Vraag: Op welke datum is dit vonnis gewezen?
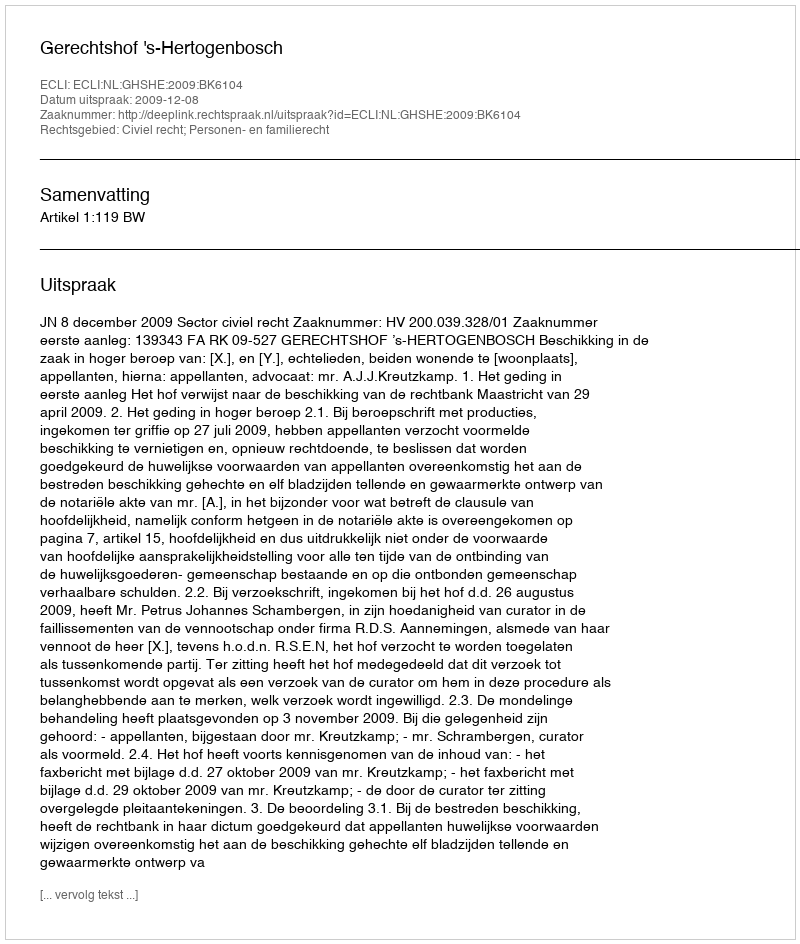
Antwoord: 2009-12-08